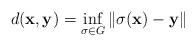
LaTeX: \begin{align*} d(\mathbf x,\mathbf y)=\inf_{\sigma \in G}\| \sigma(\mathbf x)-\mathbf y\|\end{align*}